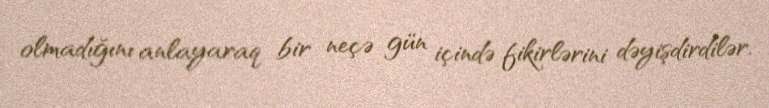
olmadığını anlayaraq bir neçə gün içində fikirlərini dəyişdirdilər.